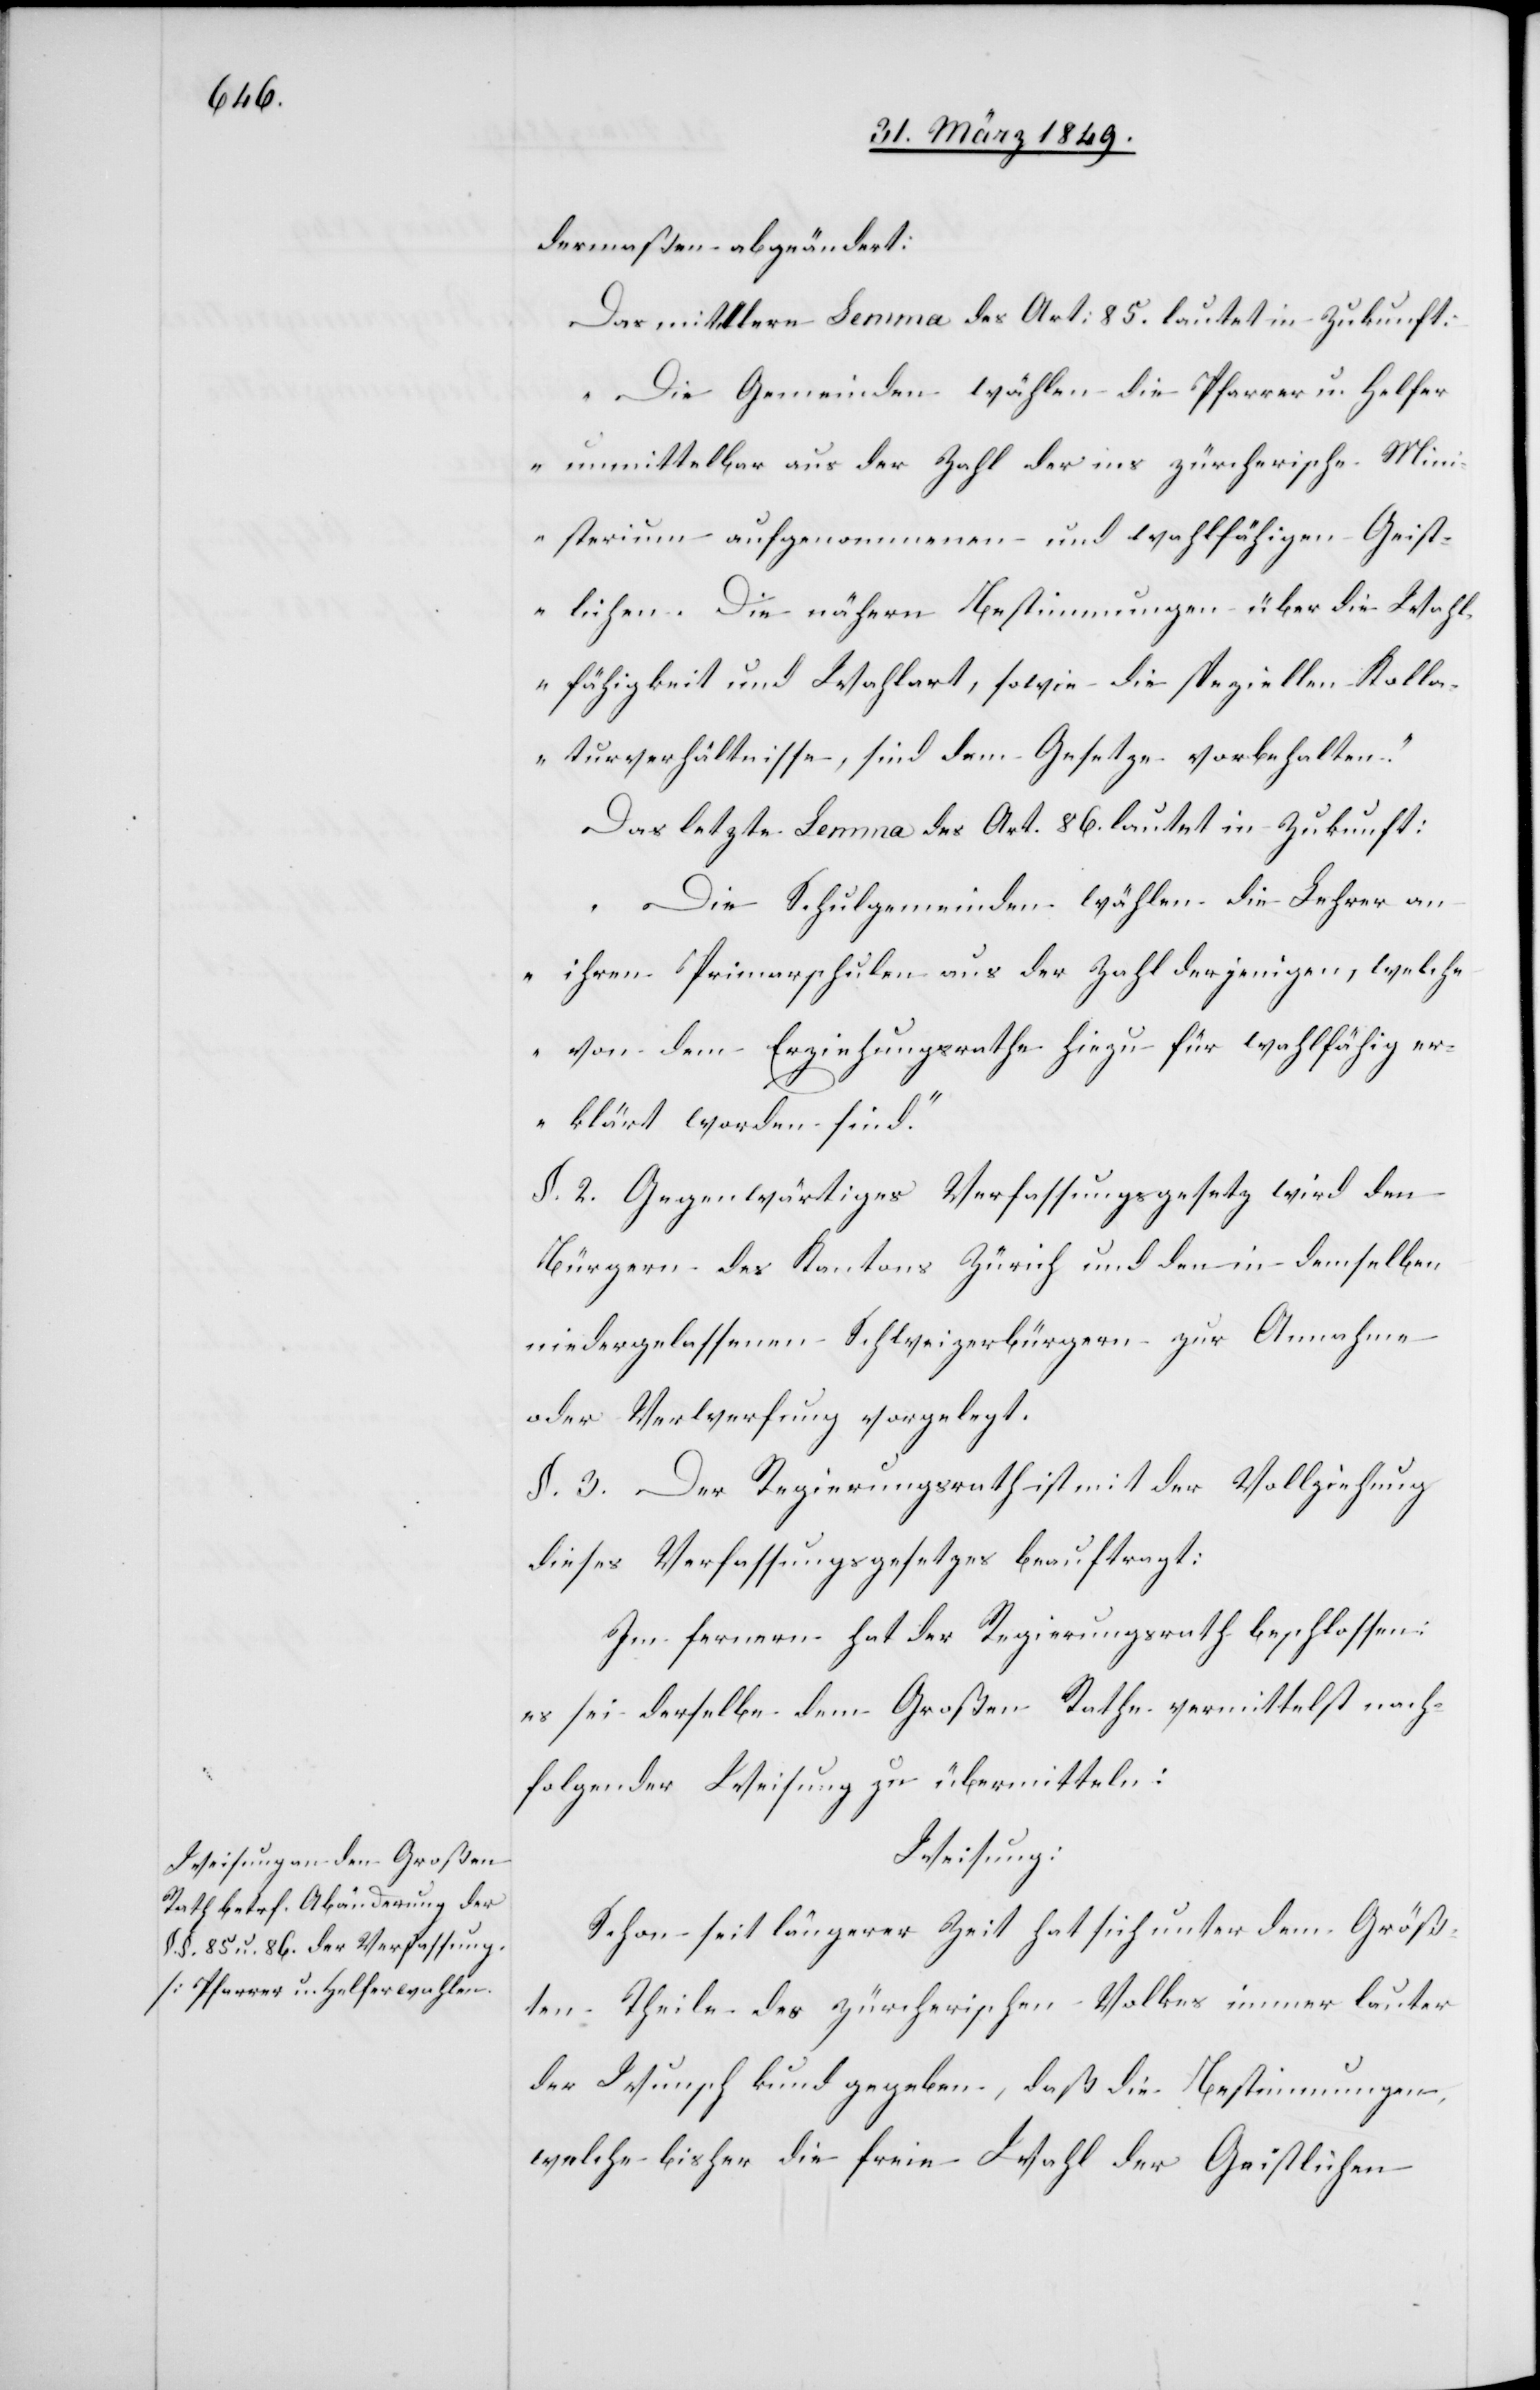
dermaßen abgeändert:
Das mittlere Lemma des Art: 85. lautet in Zukunft:
„Die Gemeinden wählen die Pfarrer u. Helfer
unmittelbar aus der Zahl der ins zürcherische Mini¬
sterium aufgenommenen und wahlfähigen Geist¬
lichen. Die nähern Bestimmungen über die Wahl¬
fähigkeit und Wahlart, sowie die speziellen Kolla¬
turverhältnisse, sind dem Gesetze vorbehalten.“
Das letzte Lemma des Art. 86. lautet in Zukunft:
„Die Schulgemeinden wählen die Lehrer an
ihren Primarschulen aus der Zahl derjenigen, welche
von dem Erziehungsrathe hiezu für wahlfähig er¬
klärt worden sind.“
§. 2. Gegenwärtiges Verfassungsgesetz wird den
Bürgern des Kantons Zürich und den in demselben
niedergelassenen Schweizerbürgern zur Annahme
oder Verwerfung vorgelegt.
§. 3. Der Regierungsrath ist mit der Vollziehung
dieses Verfassungsgesetzes beauftragt:
es sei derselbe dem Großen Rathe vermittelst nach¬
folgender Weisung zu übermitteln:
Weisung:
Schon seit längerer Zeit hat sich unter dem Größ¬
ten Theile des zürcherischen Volkes immer lauter
der Wunsch kund gegeben, daß die Bestimmungen,
welche bisher die freie Wahl der Geistlichen